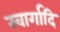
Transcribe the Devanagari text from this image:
स्वार्गादि